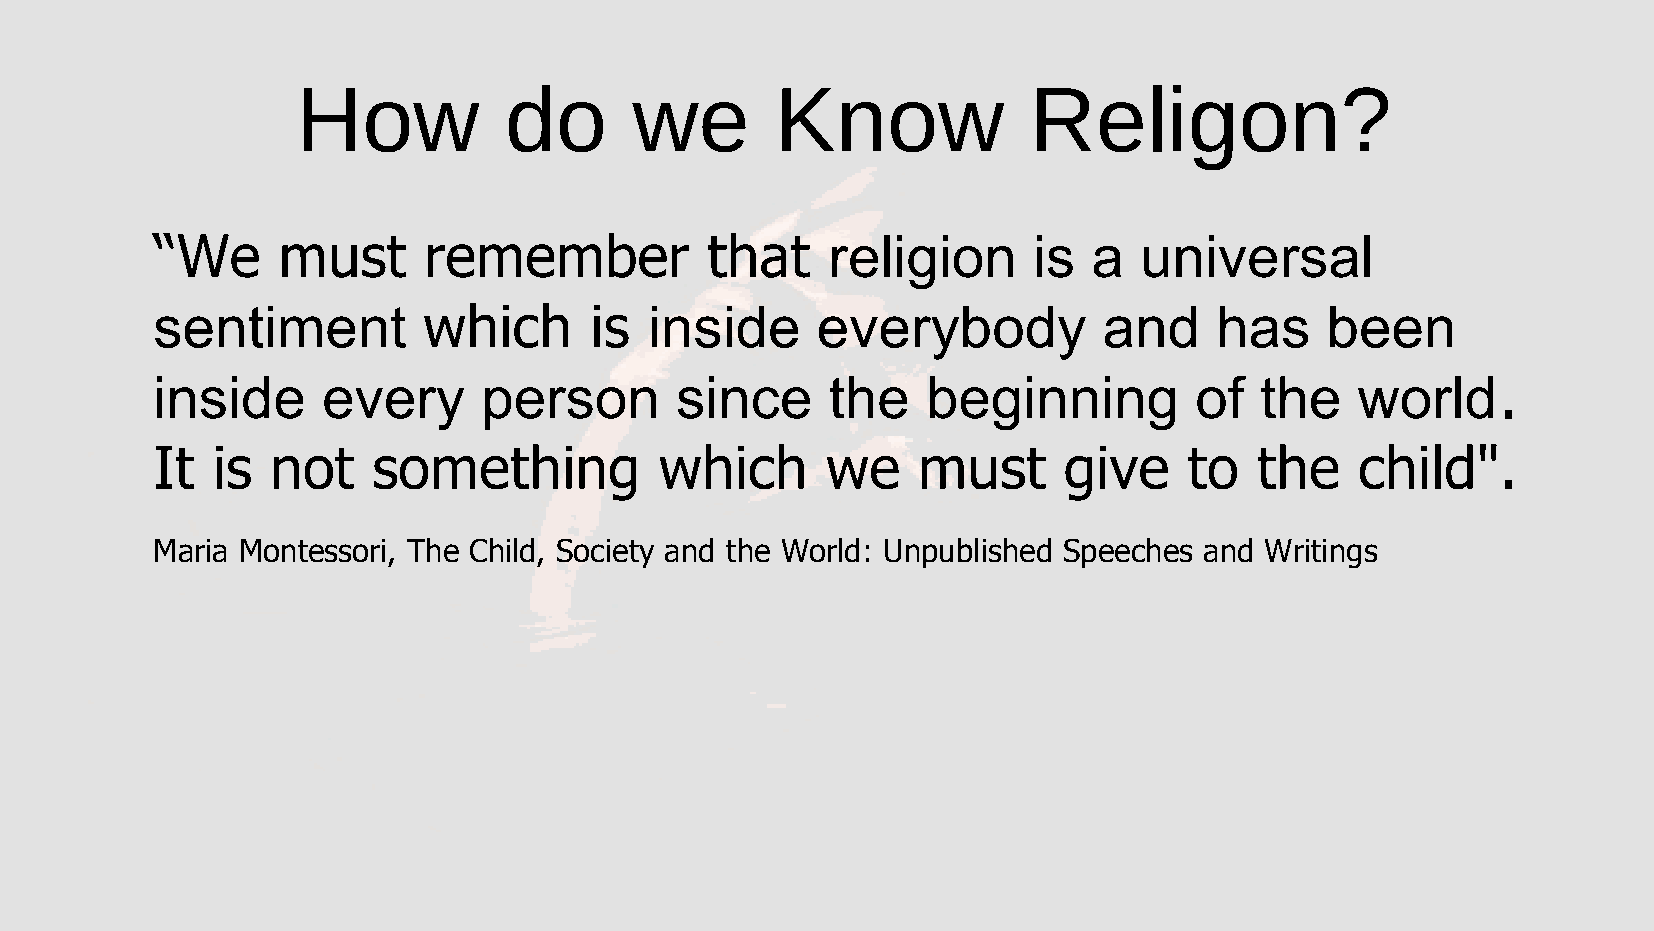
How          do       we       Know             Religon?
 “We     must      remember           that    religion     is  a  universal
 sentiment         which      is  inside     everybody          and     has    been
 inside     every      person       since     the   beginning         of  the    world.
 It  is  not    something          which      we    must     give     to  the    child".
 Maria Montessori, The Child, Society and the World: Unpublished Speeches and Writings